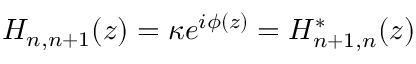
H _ { n , n + 1 } ( z ) = \kappa e ^ { i \phi ( z ) } = H _ { n + 1 , n } ^ { * } ( z )